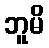
ဘူမိ